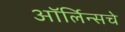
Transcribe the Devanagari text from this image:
ऑर्लिन्सचे